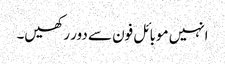
انہیں موبائل فون سے دور رکھیں۔